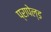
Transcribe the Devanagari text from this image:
प्रापेल्ड